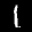
Label: 1